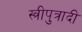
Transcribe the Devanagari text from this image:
स्त्रीपुत्रादी